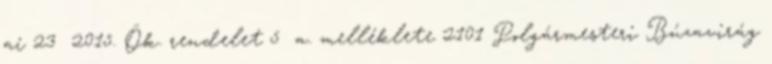
ai 23 2015. Ök. rendelet 5 a. melléklete 2101 Polgármesteri Búzavirág